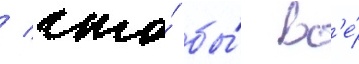
/ что́ бы́ вс'е́